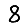
Digit: 8